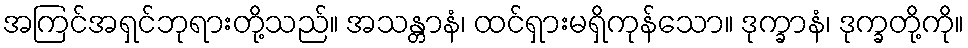
အကြင်အရှင်ဘုရားတို့သည်။ အသန္တာနံ၊ ထင်ရှားမရှိကုန်သော။ ဒုက္ခာနံ၊ ဒုက္ခတို့ကို။